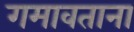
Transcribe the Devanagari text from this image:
गमावताना